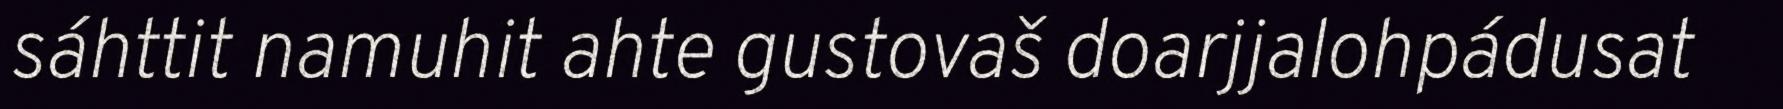
sáhttit namuhit ahte gustovaš doarjjalohpádusat